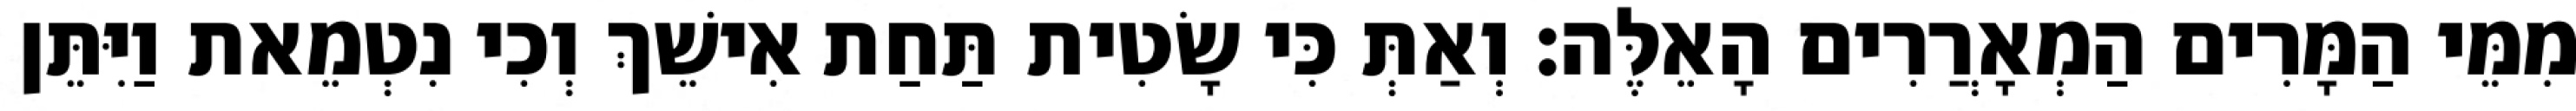
מִמֵּי הַמָּרִים הַמְאָרֲרִים הָאֵלֶּה׃ וְאַתְּ כִּי שָׂטִית תַּחַת אִישֵׁךְ וְכִי נִטְמֵאת וַיִּתֵּן